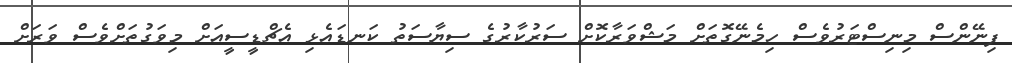
ފިނޭންސް މިނިސްޓަރުވެސް ހިމެނޭގޮތަށް މަޝްވަރާކޮށް ސަރުކާރުގެ ސިޔާސަތު ކަނޑައެޅި އެޗްޑީސީއަށް މިވަގުތަށްވެސް ވަރަށް